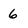
Character: 6